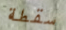
سقطة